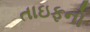
તાઇફનો